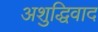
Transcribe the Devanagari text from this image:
अशुद्धिवाद